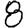
Digit: 8